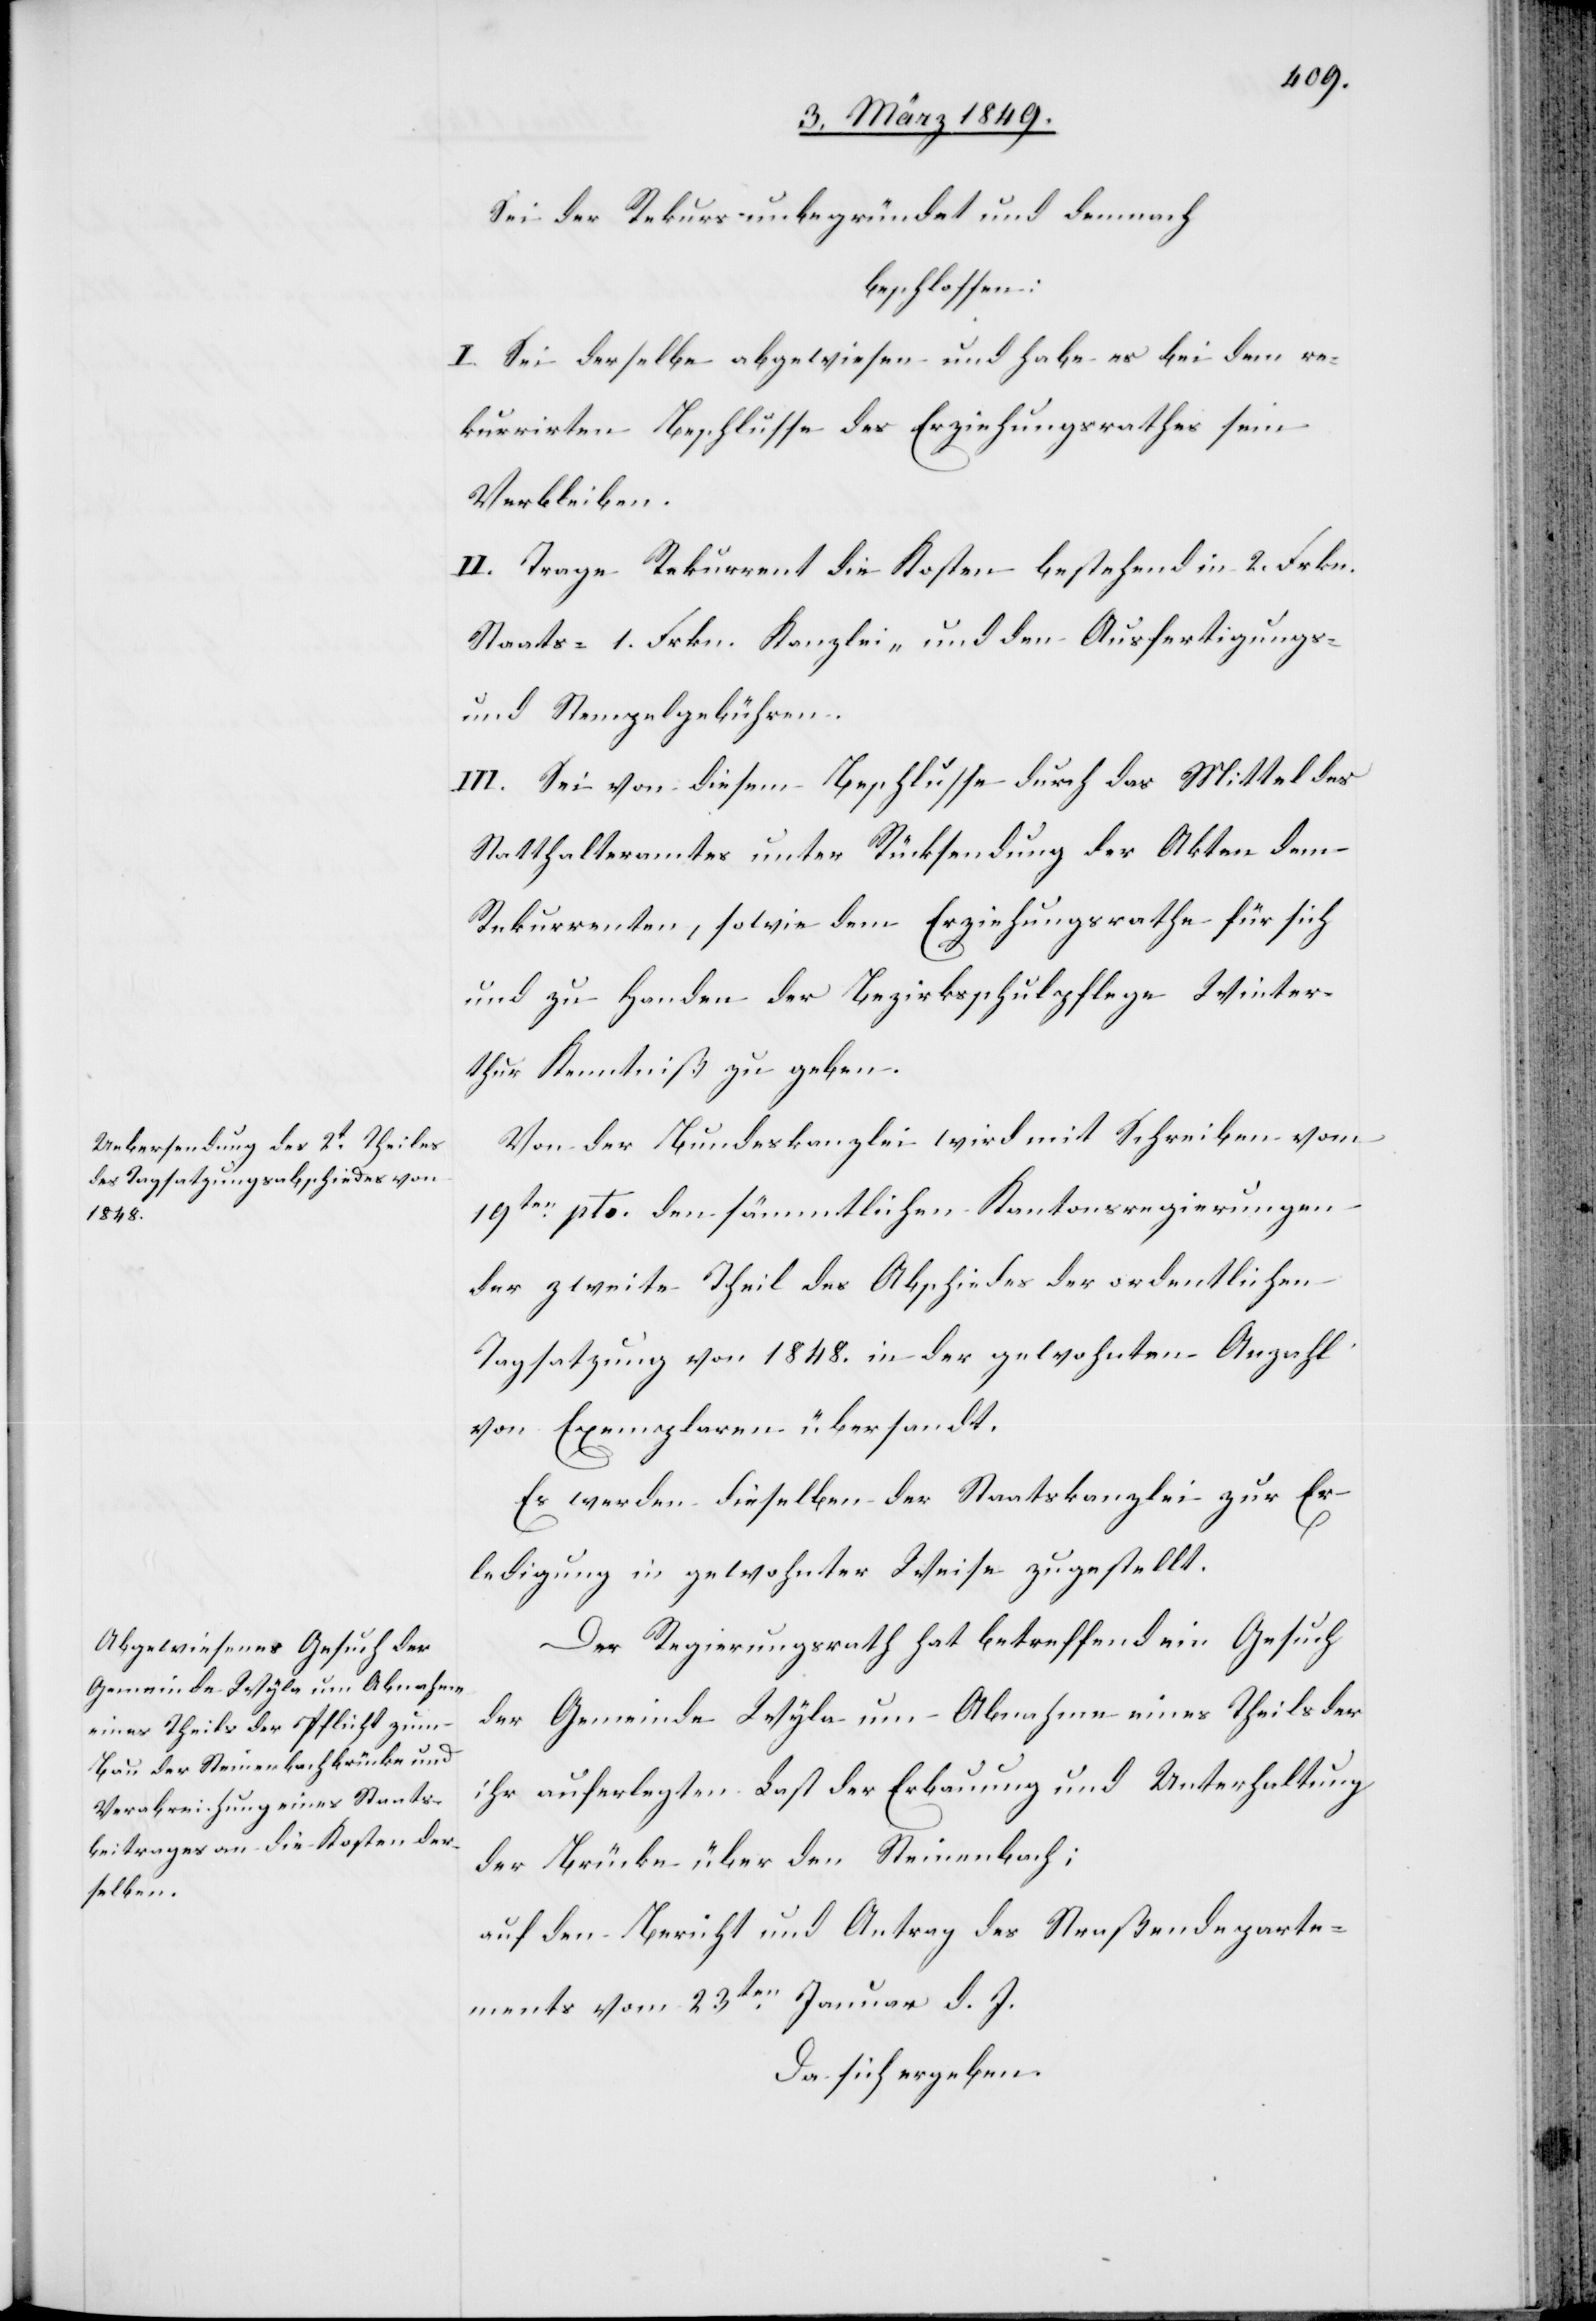
Sei der Rekurs unbegründet und demnach
beschlossen:
I. Sei derselbe abgewiesen und habe es bei dem re¬
kurrirten Beschlusse des Erziehungsrathes sein
Verbleiben.
II. Trage Rekurrent die Kosten bestehend in 2. Frkn.
Staats- 1. Frkn. Kanzlei- und den Ausfertigungs-
und Stempgelgebühren.
III. Sei von diesem Beschlusse durch das Mittel des
Statthalteramtes unter Rücksendung der Akten dem
Rekurrenten, sowie dem Erziehungsrathe für sich
und zu Handen der Bezirksschulpflege Winter¬
thur Kenntniß zu geben.
Von der Bundeskanzlei wird mit Schreiben vom
19ten. pto. den sämmtlichen Kantonsregierungen
der zweite Theil des Abschiedes der ordentlichen
Tagsatzung von 1848. in der gewohnten Anzahl
von Exemplaren übersandt.
Es werden dieselben der Staatskanzlei zur Er¬
ledigung in gewohnter Weise zugestellt.
Der Regierungsrath hat betreffend ein Gesuch
der Gemeinde Wyla um Abnahme eines Theils der
ihr auferlegten Last der Erbauung und Unterhaltung
der Brücke über den Steinenbach;
auf den Bericht und Antrag des Straßendeparte¬
ments vom 23ten. Januar d. J.
da sich ergeben.